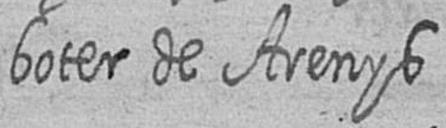
boter de Arenys